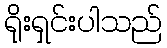
ရိုးရှင်းပါသည်